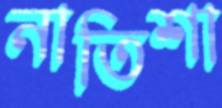
নাতিশা